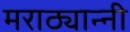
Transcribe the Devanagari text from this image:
मराठ्यान्नी